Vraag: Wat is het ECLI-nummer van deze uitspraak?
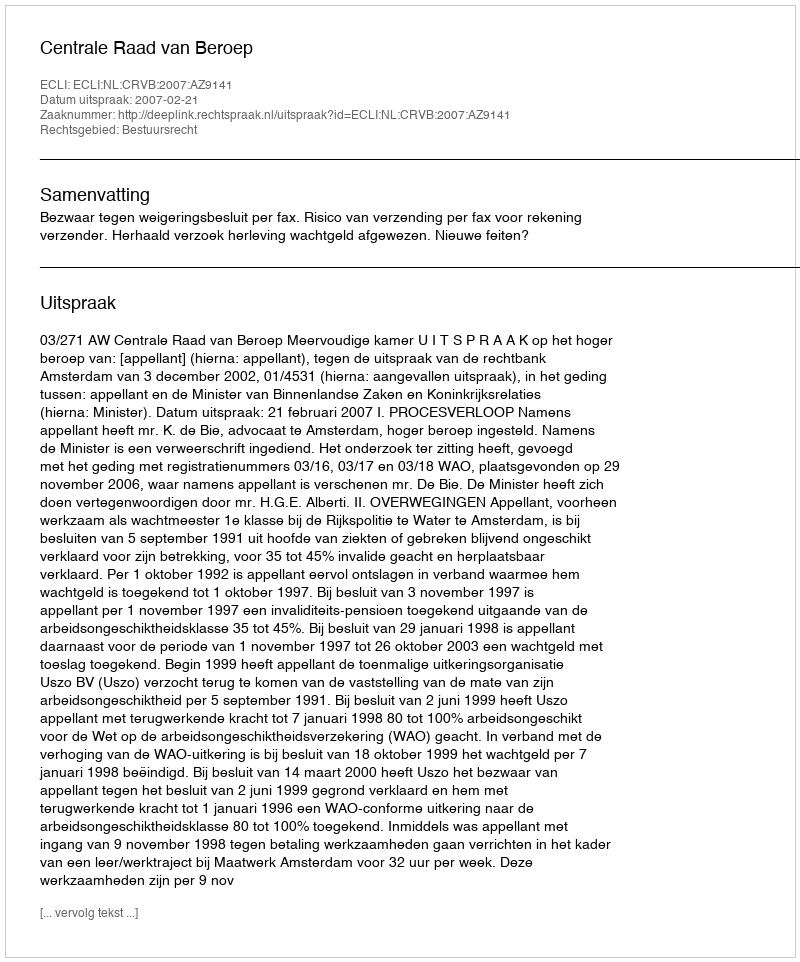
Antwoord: ECLI:NL:CRVB:2007:AZ9141